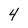
Character: 4